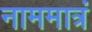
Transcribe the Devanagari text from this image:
नाममात्रं